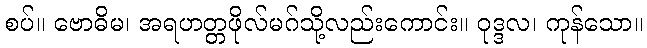
စပ်။ ဗောဓိမ၊ အရဟတ္တဖိုလ်မဂ်သို့လည်းကောင်း။ ဝုဒ္ဒလ၊ ကုန်သော။